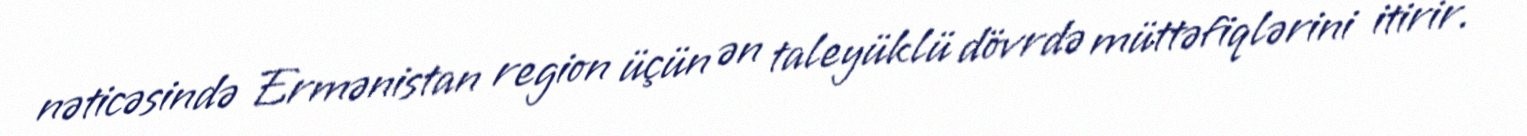
nəticəsində Ermənistan region üçün ən taleyüklü dövrdə müttəfiqlərini itirir.